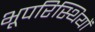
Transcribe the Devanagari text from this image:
भूपरिस्थियों